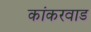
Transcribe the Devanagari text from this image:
कांकरवाड